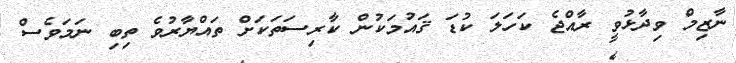
ނާޒިމް ވިދާޅުވީ ރާއްޖެ ކަހަލަ ކުޑަ ޤައުމަކުން ކާރިސަތަކަށް ތައްޔާރުވެ ތިބި ނަމަވެސް